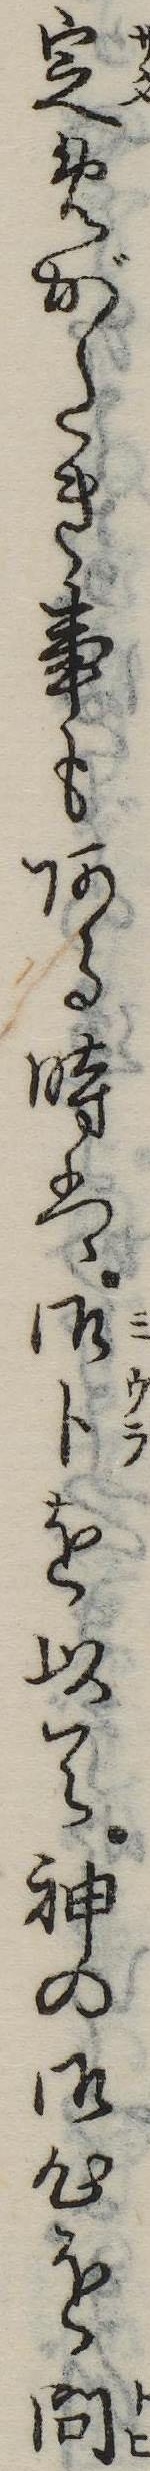
定めがたき事もある時は御卜を以て神の御心を問